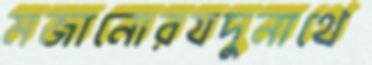
মজানোরযদুনাথে